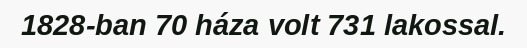
1828-ban 70 háza volt 731 lakossal.